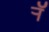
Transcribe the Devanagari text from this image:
र्‍ाॅ